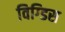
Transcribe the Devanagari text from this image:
विग्डिस